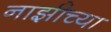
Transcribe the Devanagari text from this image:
नाझीच्या